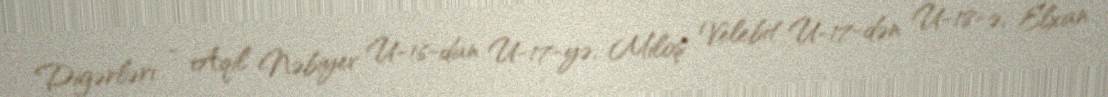
Digərləri - Aqil Nəbiyev U-16-dan U-17-yə, Miloş Velebit U-17-dən U-18-ə, Elxan